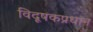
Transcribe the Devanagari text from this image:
विदूषकप्रधान